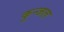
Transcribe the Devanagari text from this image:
कुन्जल